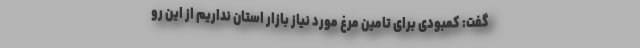
گفت: کمبودی برای تامین مرغ مورد نیاز بازار استان نداریم از این رو